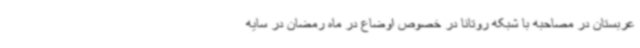
عربستان در مصاحبه با شبکه روتانا در خصوص اوضاع در ماه رمضان در سایه